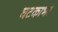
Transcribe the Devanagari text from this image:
घटकाभर